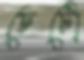
চেটো